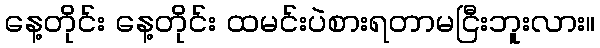
နေ့တိုင်း နေ့တိုင်း ထမင်းပဲစားရတာမငြီးဘူးလား။